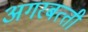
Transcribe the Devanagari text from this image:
अगरबत्‍ती